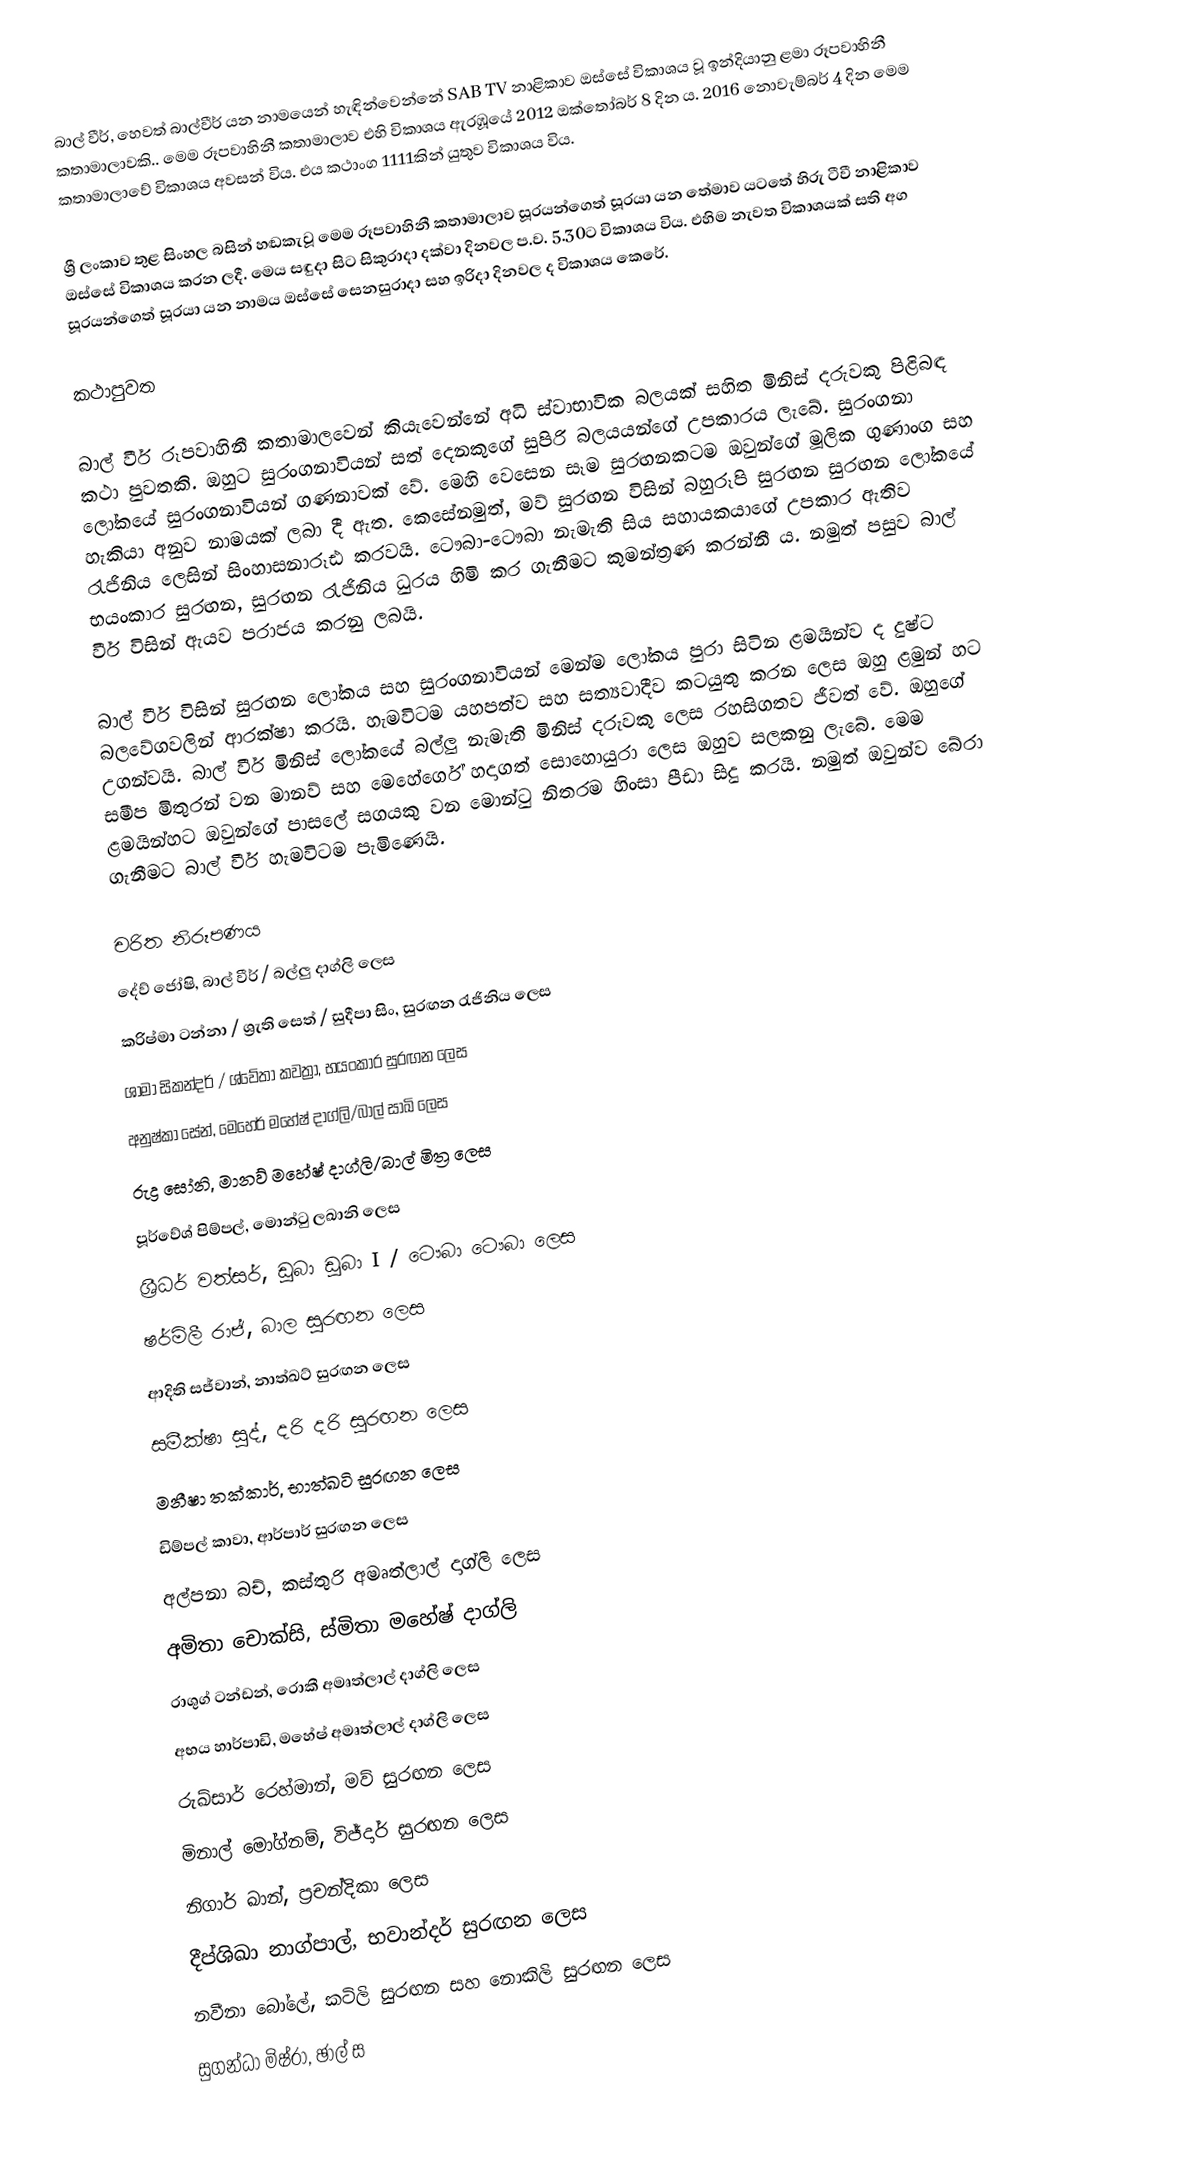
බාල් වීර්, හෙවත් බාල්වීර්  යන නාමයෙන් හැඳින්වෙන්නේ SAB TV නාළිකාව ඔස්සේ විකාශය වූ ඉන්දියානු ළමා රූපවාහිනී කතාමාලාවකි.. මෙම රූපවාහිනී කතාමාලාව එහි විකාශය ඇරඹූයේ 2012 ඔක්තෝබර් 8 දින ය. 2016 නොවැම්බර් 4 දින මෙම කතාමාලාවේ විකාශය අවසන් විය. එය කථාංග 1111කින් යුතුව විකාශය විය.

ශ්‍රී ලංකාව තුළ සිංහල බසින් හඬකැවූ මෙම රූපවාහිනී කතාමාලාව සූරයන්ගෙත් සූරයා යන තේමාව යටතේ හිරු ටීවී නාළිකාව ඔස්සේ විකාශය කරන ලදී. මෙය සඳුදා සිට සිකුරාදා දක්වා දිනවල ප.ව. 5.30ට විකාශය විය. එහිම නැවත විකාශයක් සති අග සූරයන්ගෙත් සූරයා යන නාමය ඔස්සේ සෙනසුරාදා සහ ඉරිදා දිනවල ද විකාශය කෙරේ.

කථාපුවත

බාල් වීර් රූපවාහිනී කතාමාලවෙන් කියැවෙන්නේ අධි ස්වාභාවික බලයක් සහිත මිනිස් දරුවකු පිළිබඳ කථා පුවතකි. ඔහුට සුරංගනාවියන් සත් දෙනකුගේ සුපිරි බලයයන්ගේ උපකාරය ලැබේ. සුරංගනා ලෝකයේ සුරංගනාවියන් ගණනාවක් වේ. මෙහි වෙසෙන සෑම සුරඟනකටම ඔවුන්ගේ මූලික ගුණාංග සහ හැකියා අනුව නාමයක් ලබා දී ඇත. කෙසේනමුත්, මව් සුරඟන විසින් බහුරූපි සුරඟන සුරඟන ලෝකයේ රැජිනිය ලෙසින් සිංහාසනාරූඪ කරවයි. ටෞබා-ටෞබා නැමැති සිය සහායකයාගේ උපකාර ඇතිව භයංකාර සුරඟන, සුරඟන රැජිනිය ධුරය හිමි කර ගැනීමට කුමන්ත්‍රණ කරන්නී ය. නමුත් පසුව බාල් වීර් විසින් ඇයව පරාජය කරනු ලබයි.

බාල් වීර් විසින් සුරඟන ‍ලෝකය සහ සුරංගනාවියන් මෙන්ම ලෝකය පුරා සිටින ළමයින්ව ද දුෂ්ට බලවේගවලින් ආරක්ෂා කරයි. හැමවිටම යහපත්ව සහ සත්‍යවාදීව කටයුතු කරන ලෙස ඔහු ළමුන් හට උගන්වයි. බාල් වීර් මිනිස් ලෝකයේ බල්ලු නැමැති මිනිස් දරුවකු ලෙස රහසිගතව ජීවත් වේ. ඔහුගේ සමීප මිතුරන් වන මානව් සහ මෙහේර්ගේ හදාගත් සොහොයුරා ලෙස ඔහුව සලකනු ලැබේ. මෙම ළමයින්හට ඔවුන්ගේ පාසලේ සගයකු වන මොන්ටු නිතරම හිංසා පීඩා සිදු කරයි. නමුත් ඔවුන්ව බේරා ගැනීමට බාල් වීර් හැමවිටම පැමිණෙයි.

චරිත නිරූපණය
 දේව් ජෝෂි, බාල් වීර් / බල්ලු දාග්ලි ලෙස
කරිෂ්මා ටන්නා / ශ්‍රැති සෙත් / සුදීපා සිං, සුරඟන රැජිනිය ලෙස
ශාමා සිකන්දර් / ශ්වේතා කවත්‍රා, භයංකාර සුරඟන ලෙස
අනුෂ්කා සේන්, මෙහෙර් මහේෂ් දාග්ලි/බාල් සාඛි ලෙස
 රුද්‍ර සෝනි, මානව් මහේෂ් දාග්ලි/බාල් මිත්‍ර ලෙස
පූර්වේශ් පිම්පල්, මොන්ටු ලඛානි ලෙස
ශ්‍රීධර් වත්සර්, ඩූබා ඩූබා I / ටෞබා ටෞබා ලෙස
ෂර්මිලී රාජ්, බාල සුරඟන ලෙස
ආදිති සජ්වාන්, නාත්ඛට් සුරඟන ලෙස
සමීක්ෂා සුද්, දරි දරි සුරඟන ලෙස
මනීෂා තක්කාර්, භාත්ඛටි සුරඟන ලෙස
ඩිම්පල් කාවා, ආර්පාර් සුරඟන ලෙස
අල්පනා බච්, කස්තුරි අමෘත්ලාල් දාග්ලි ලෙස
අමිතා චොක්සි, ස්මිතා මහේෂ් දාග්ලි
 රාශුග් ටන්ඩන්, රොකී අමෘත්ලාල් දාග්ලි ලෙස
 අභය හාර්පාඩි, මහේෂ් අමෘත්ලාල් දාග්ලි ලෙස
රුඛ්සාර් රෙහ්මාන්, මව් සුරඟන ලෙස
 මිනාල් මෝග්නම්, විජ්දාර් සුරඟන ලෙස
නිගාර් ඛාන්, ප්‍රචන්දිකා ලෙස
දීප්ශිඛා නාග්පාල්, භවාන්දර් සුරඟන ලෙස
නවීනා බෝලේ, කටිලි සුරඟන සහ නොකිලි සුරඟන ලෙස
සුගන්ධා මිෂ්රා, ඡාල් ස